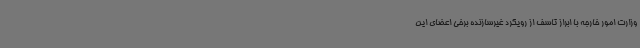
وزارت امور خارجه با ابراز تاسف از رویکرد غیرسازنده برخی اعضای این